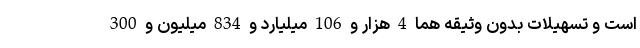
است و تسهیلات بدون وثیقه هما 4 هزار و 106 میلیارد و 834 میلیون و 300